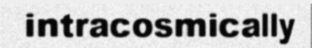
intracosmically